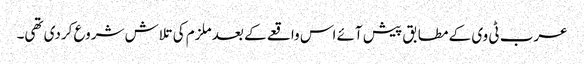
عرب ٹی وی کے مطابق پیش آئے اس واقعے کے بعد ملزم کی تلاش شروع کردی تھی۔